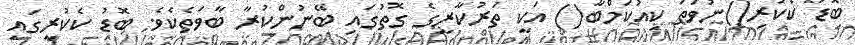
ބޮޑު ކެކުރި()ނުވަތަ ކިއުކަމްބާ() އަކީ ތަރުކާރީގެ ގޮތުގައި ބޭނުންކުރާ ބާވަތެކެވެ. ބޮޑު ކެކުރީގައި